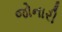
જોનારી